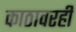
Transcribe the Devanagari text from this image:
काठावरही